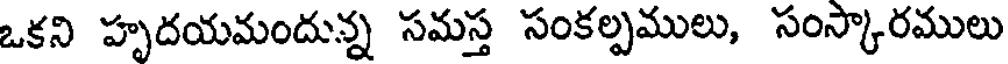
ఒకని హృదయమందున్న సమస్త సంకల్పములు, సంస్కారములు